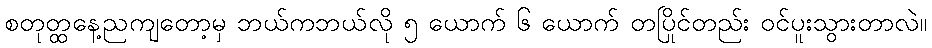
စတုတ္ထနေ့ညကျတော့မှ ဘယ်ကဘယ်လို ၅ ယောက် ၆ ယောက် တပြိုင်တည်း ဝင်ပူးသွားတာလဲ။